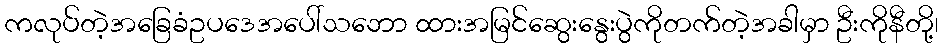
ကလုပ်တဲ့အခြေခံဥပဒေအပေါ်သဘော ထားအမြင်ဆွေးနွေးပွဲကိုတက်တဲ့အခါမှာ ဦးကိုနီတို့၊